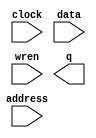
// megafunction wizard: %RAM: 1-PORT%VBB%
// GENERATION: STANDARD
// VERSION: WM1.0
// MODULE: altsyncram 

// ============================================================
// Megafunction Name(s):
// 			altsyncram
//
// Simulation Library Files(s):
// 			altera_mf
// ============================================================
// ************************************************************
// THIS IS A WIZARD-GENERATED FILE. DO NOT EDIT THIS FILE!
//
// 13.0.1 Build 232 06/12/2013 SP 1 SJ Web Edition
// ************************************************************

//Copyright (C) 1991-2013 Altera Corporation
//Your use of Altera Corporation's design tools, logic functions 
//and other software and tools, and its AMPP partner logic 
//functions, and any output files from any of the foregoing 
//(including device programming or simulation files), and any 
//associated documentation or information are expressly subject 
//to the terms and conditions of the Altera Program License 
//Subscription Agreement, Altera MegaCore Function License 
//Agreement, or other applicable license agreement, including, 
//without limitation, that your use is for the sole purpose of 
//programming logic devices manufactured by Altera and sold by 
//Altera or its authorized distributors.  Please refer to the 
//applicable agreement for further details.

module BlockRam (
	address,
	clock,
	data,
	wren,
	q);

	input	[15:0]  address;
	input	  clock;
	input	[14:0]  data;
	input	  wren;
	output	[14:0]  q;
`ifndef ALTERA_RESERVED_QIS
// synopsys translate_off
`endif
	tri1	  clock;
`ifndef ALTERA_RESERVED_QIS
// synopsys translate_on
`endif

endmodule

// ============================================================
// CNX file retrieval info
// ============================================================
// Retrieval info: PRIVATE: ADDRESSSTALL_A NUMERIC "0"
// Retrieval info: PRIVATE: AclrAddr NUMERIC "0"
// Retrieval info: PRIVATE: AclrByte NUMERIC "0"
// Retrieval info: PRIVATE: AclrData NUMERIC "0"
// Retrieval info: PRIVATE: AclrOutput NUMERIC "0"
// Retrieval info: PRIVATE: BYTE_ENABLE NUMERIC "0"
// Retrieval info: PRIVATE: BYTE_SIZE NUMERIC "8"
// Retrieval info: PRIVATE: BlankMemory NUMERIC "0"
// Retrieval info: PRIVATE: CLOCK_ENABLE_INPUT_A NUMERIC "0"
// Retrieval info: PRIVATE: CLOCK_ENABLE_OUTPUT_A NUMERIC "0"
// Retrieval info: PRIVATE: Clken NUMERIC "0"
// Retrieval info: PRIVATE: DataBusSeparated NUMERIC "1"
// Retrieval info: PRIVATE: IMPLEMENT_IN_LES NUMERIC "0"
// Retrieval info: PRIVATE: INIT_FILE_LAYOUT STRING "PORT_A"
// Retrieval info: PRIVATE: INIT_TO_SIM_X NUMERIC "0"
// Retrieval info: PRIVATE: INTENDED_DEVICE_FAMILY STRING "Cyclone IV E"
// Retrieval info: PRIVATE: JTAG_ENABLED NUMERIC "1"
// Retrieval info: PRIVATE: JTAG_ID STRING "BRAM"
// Retrieval info: PRIVATE: MAXIMUM_DEPTH NUMERIC "0"
// Retrieval info: PRIVATE: MIFfilename STRING "image_memory.mif"
// Retrieval info: PRIVATE: NUMWORDS_A NUMERIC "65536"
// Retrieval info: PRIVATE: RAM_BLOCK_TYPE NUMERIC "0"
// Retrieval info: PRIVATE: READ_DURING_WRITE_MODE_PORT_A NUMERIC "1"
// Retrieval info: PRIVATE: RegAddr NUMERIC "1"
// Retrieval info: PRIVATE: RegData NUMERIC "1"
// Retrieval info: PRIVATE: RegOutput NUMERIC "1"
// Retrieval info: PRIVATE: SYNTH_WRAPPER_GEN_POSTFIX STRING "0"
// Retrieval info: PRIVATE: SingleClock NUMERIC "1"
// Retrieval info: PRIVATE: UseDQRAM NUMERIC "1"
// Retrieval info: PRIVATE: WRCONTROL_ACLR_A NUMERIC "0"
// Retrieval info: PRIVATE: WidthAddr NUMERIC "16"
// Retrieval info: PRIVATE: WidthData NUMERIC "15"
// Retrieval info: PRIVATE: rden NUMERIC "0"
// Retrieval info: LIBRARY: altera_mf altera_mf.altera_mf_components.all
// Retrieval info: CONSTANT: CLOCK_ENABLE_INPUT_A STRING "BYPASS"
// Retrieval info: CONSTANT: CLOCK_ENABLE_OUTPUT_A STRING "BYPASS"
// Retrieval info: CONSTANT: INIT_FILE STRING "image_memory.mif"
// Retrieval info: CONSTANT: INTENDED_DEVICE_FAMILY STRING "Cyclone IV E"
// Retrieval info: CONSTANT: LPM_HINT STRING "ENABLE_RUNTIME_MOD=YES,INSTANCE_NAME=BRAM"
// Retrieval info: CONSTANT: LPM_TYPE STRING "altsyncram"
// Retrieval info: CONSTANT: NUMWORDS_A NUMERIC "65536"
// Retrieval info: CONSTANT: OPERATION_MODE STRING "SINGLE_PORT"
// Retrieval info: CONSTANT: OUTDATA_ACLR_A STRING "NONE"
// Retrieval info: CONSTANT: OUTDATA_REG_A STRING "CLOCK0"
// Retrieval info: CONSTANT: POWER_UP_UNINITIALIZED STRING "FALSE"
// Retrieval info: CONSTANT: READ_DURING_WRITE_MODE_PORT_A STRING "OLD_DATA"
// Retrieval info: CONSTANT: WIDTHAD_A NUMERIC "16"
// Retrieval info: CONSTANT: WIDTH_A NUMERIC "15"
// Retrieval info: CONSTANT: WIDTH_BYTEENA_A NUMERIC "1"
// Retrieval info: USED_PORT: address 0 0 16 0 INPUT NODEFVAL "address[15..0]"
// Retrieval info: USED_PORT: clock 0 0 0 0 INPUT VCC "clock"
// Retrieval info: USED_PORT: data 0 0 15 0 INPUT NODEFVAL "data[14..0]"
// Retrieval info: USED_PORT: q 0 0 15 0 OUTPUT NODEFVAL "q[14..0]"
// Retrieval info: USED_PORT: wren 0 0 0 0 INPUT NODEFVAL "wren"
// Retrieval info: CONNECT: @address_a 0 0 16 0 address 0 0 16 0
// Retrieval info: CONNECT: @clock0 0 0 0 0 clock 0 0 0 0
// Retrieval info: CONNECT: @data_a 0 0 15 0 data 0 0 15 0
// Retrieval info: CONNECT: @wren_a 0 0 0 0 wren 0 0 0 0
// Retrieval info: CONNECT: q 0 0 15 0 @q_a 0 0 15 0
// Retrieval info: GEN_FILE: TYPE_NORMAL BlockRam.v TRUE
// Retrieval info: GEN_FILE: TYPE_NORMAL BlockRam.inc FALSE
// Retrieval info: GEN_FILE: TYPE_NORMAL BlockRam.cmp FALSE
// Retrieval info: GEN_FILE: TYPE_NORMAL BlockRam.bsf FALSE
// Retrieval info: GEN_FILE: TYPE_NORMAL BlockRam_inst.v FALSE
// Retrieval info: GEN_FILE: TYPE_NORMAL BlockRam_bb.v TRUE
// Retrieval info: LIB_FILE: altera_mf